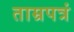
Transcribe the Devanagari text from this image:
ताम्रपत्रं